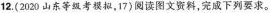
12. (2020 山东等级考模拟，17)阅读图文资料，完成下列要求。